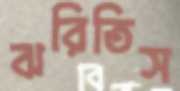
ঝরিতিস